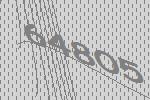
64805